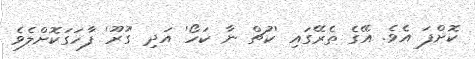
ކޮށްފަ އެވެ. އޭގެ ތެރޭގައި 'ކުޗް ނާ ކަހޯ' އަދި 'ގުރޫ' ފާހަގަކޮށްލެވެ